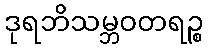
ဒုရဘိသမ္ဘဝတရဉ္စ